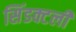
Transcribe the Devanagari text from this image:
सिंडक्टली